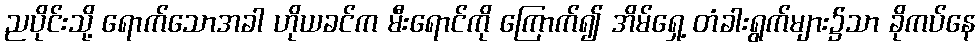
ညပိုင်းသို့ ရောက်သောအခါ ဟိုယခင်က မီးရောင်ကို ကြောက်၍ အိမ်ရှေ့ တံခါးရွက်များ၌သာ ခိုကပ်နေ